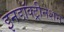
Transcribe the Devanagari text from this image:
इनडॉक्ट्रीनेशन